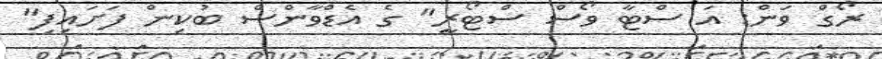
ރޯގް ވަން: އަ ސްޓާ ވޯސް ސްޓޯރީ" ގެ އެޑްވާންސް ބުކިން ފަށައިފި"